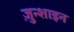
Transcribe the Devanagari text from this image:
ज़ुन्शाइन